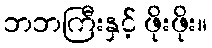
ဘဘကြီးနှင့် ဖိုးဖိုး။